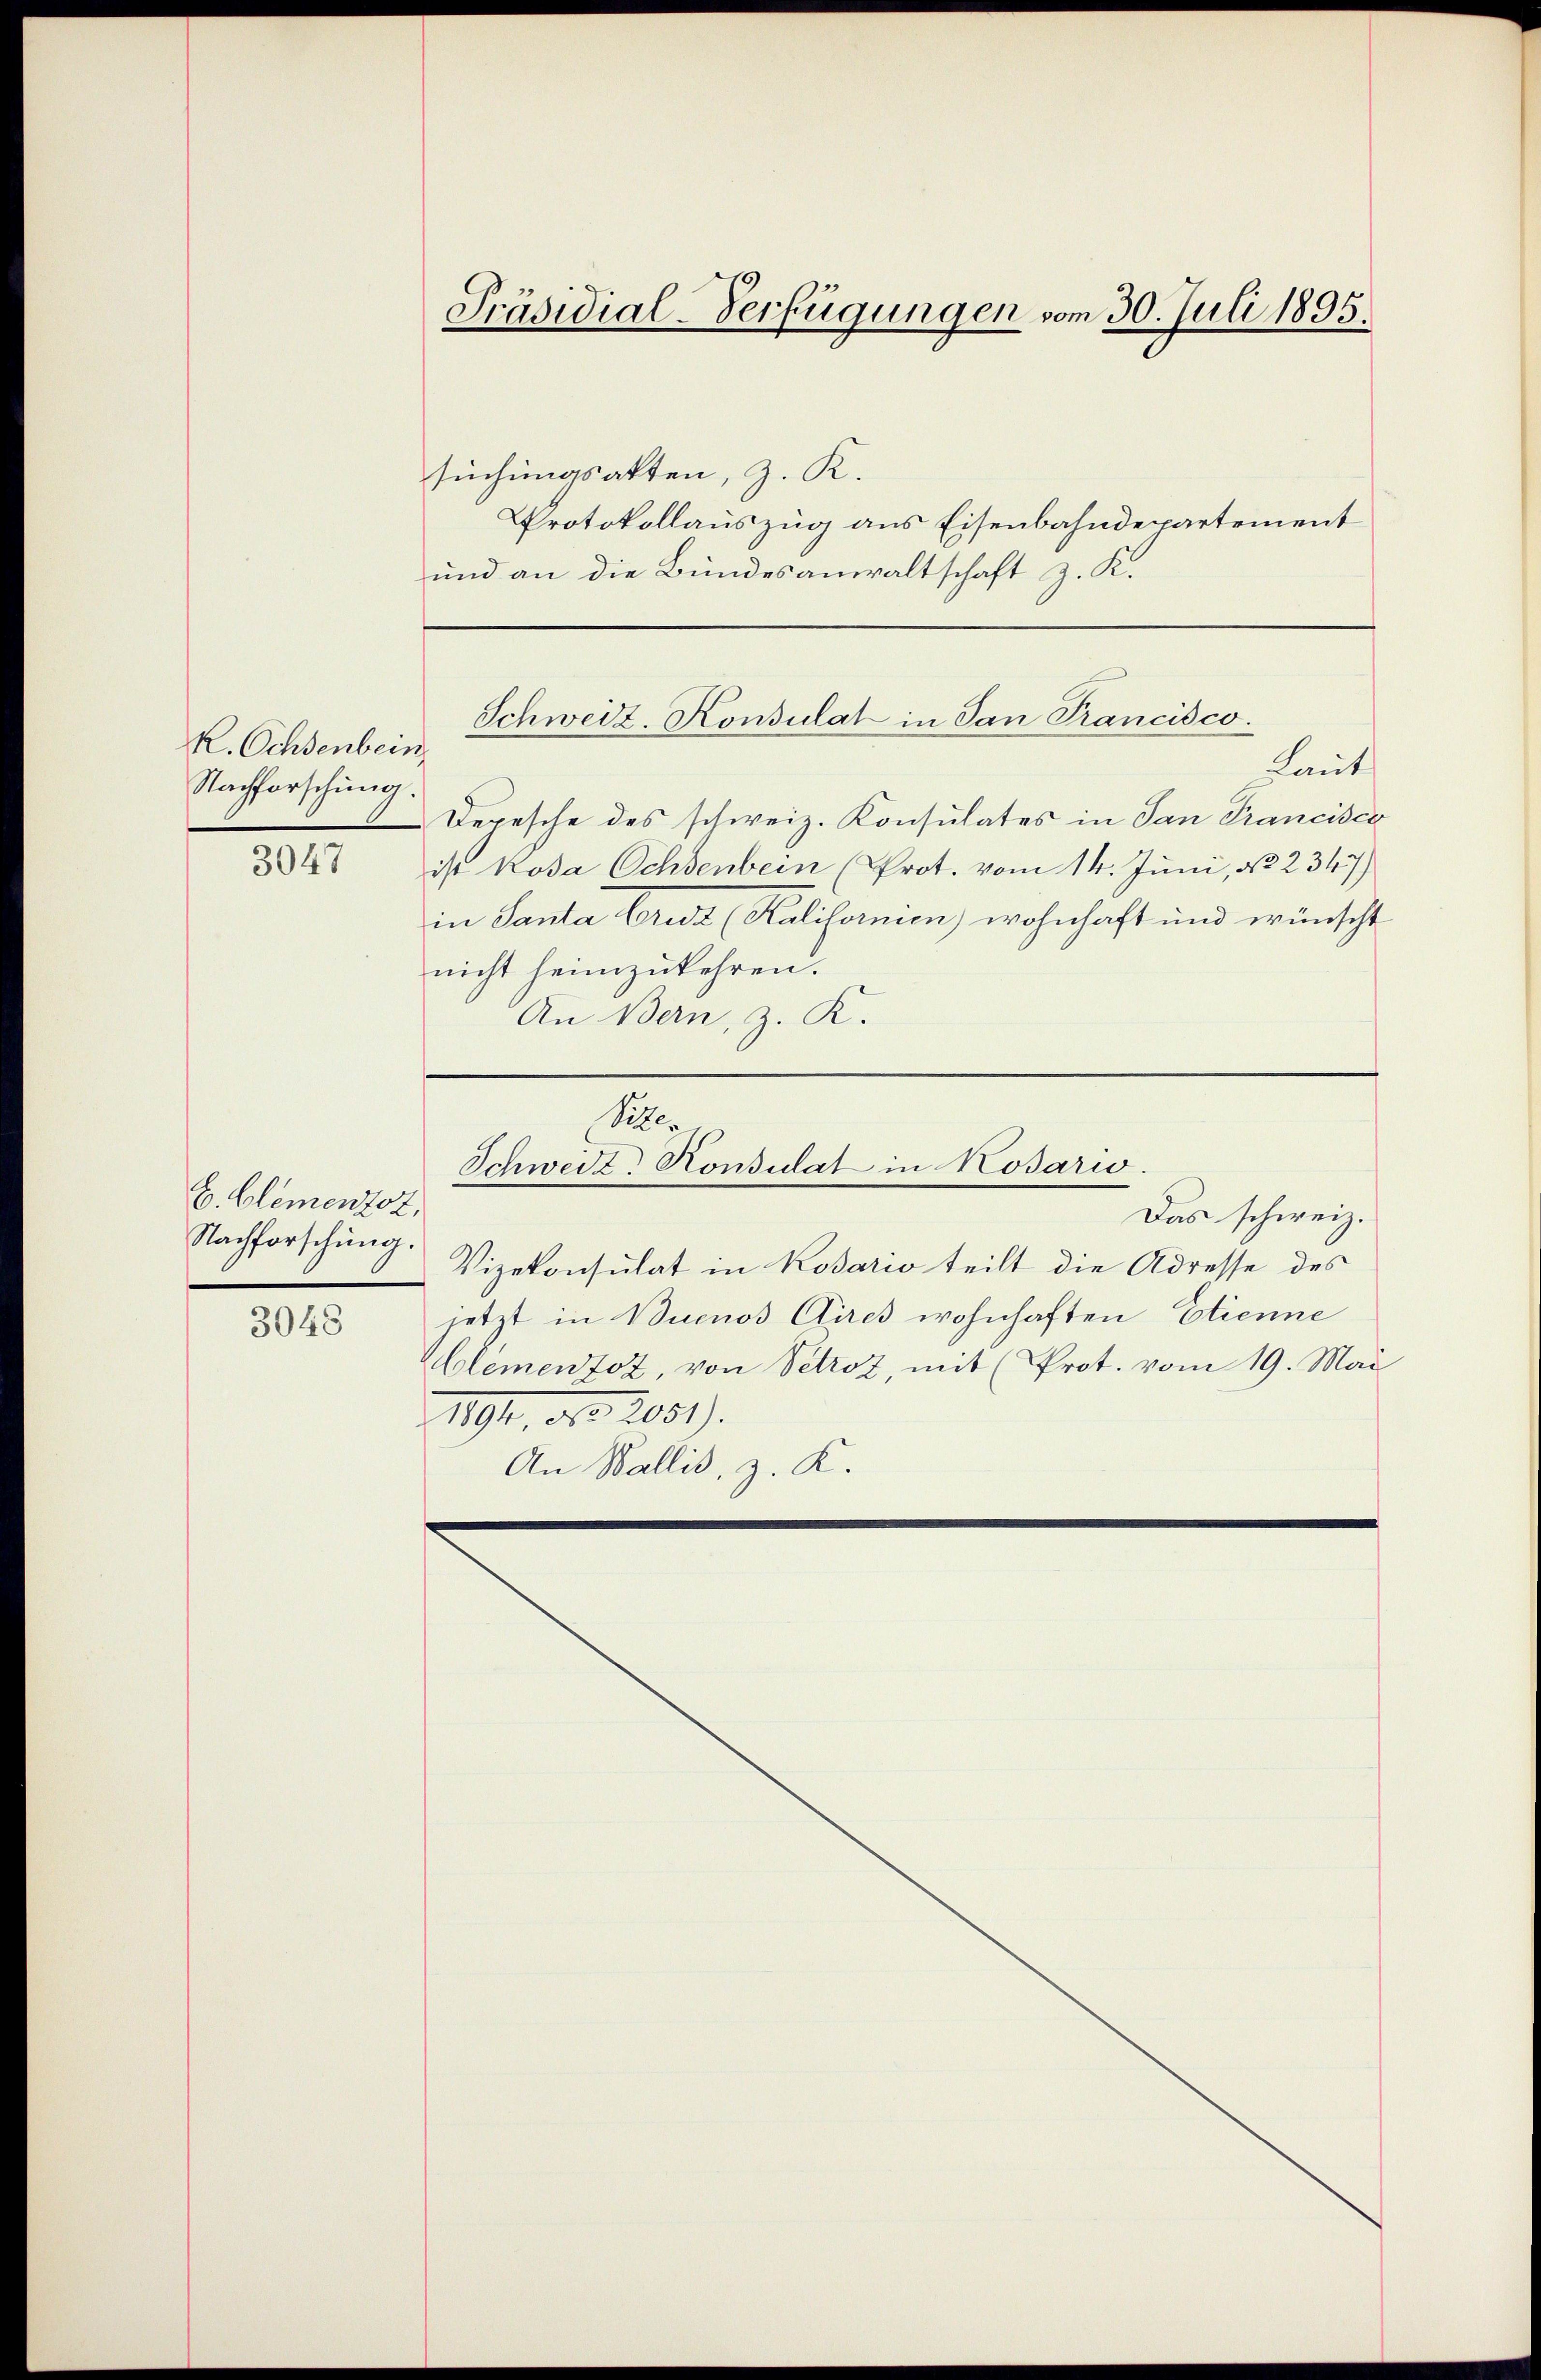
R. Ochsenbein
Nachforschung.

3047

E. Clementot,
Nachforschung.

3048

Präsidial-Verfügungen vom 30. Juli 1895.

suchungsakten, z. K.
Protokollauszug aus Eisenbahndepartement
und an die Bundesanwaltschaft z. K.

Schweiz. Konsulat in San Francisco.

Laut
Depesche des schweiz. Konsulates in San Francisco
ist koda Ochsenbein (Prot. vom 14. Juni, No 2347)
in Santa Cruz (Kalifornien) wohnhaft und wünscht
nicht heimzukehren.
An Bern, z. K.
Das schweiz.
Vizekonsulat in Kosario teilt die Adresse des
jetzt in Buenos Aires wohnhaften Etienne
Clementoz, von Petroz, mit (Prot. vom 19. Mai
191, No. 2051).
An Wallis, z. K.

Bille
Schweiz. Konsulat in Kosarw.